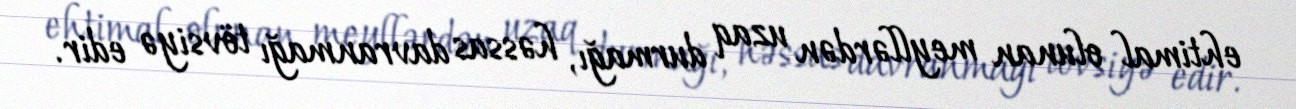
ehtimal olunan meyllərdən uzaq durmağı, həssas davranmağı tövsiyə edir.